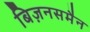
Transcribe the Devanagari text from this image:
बिज़नसमैन